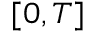
[ 0 , T ]